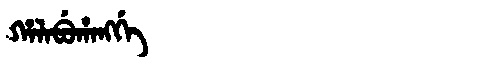
Manchu: ᡥᠠᠯᠠᠪᡠᡥᠠᠩᡤᡝ
Romanization: HALABUHANGGE